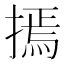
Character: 𢳃